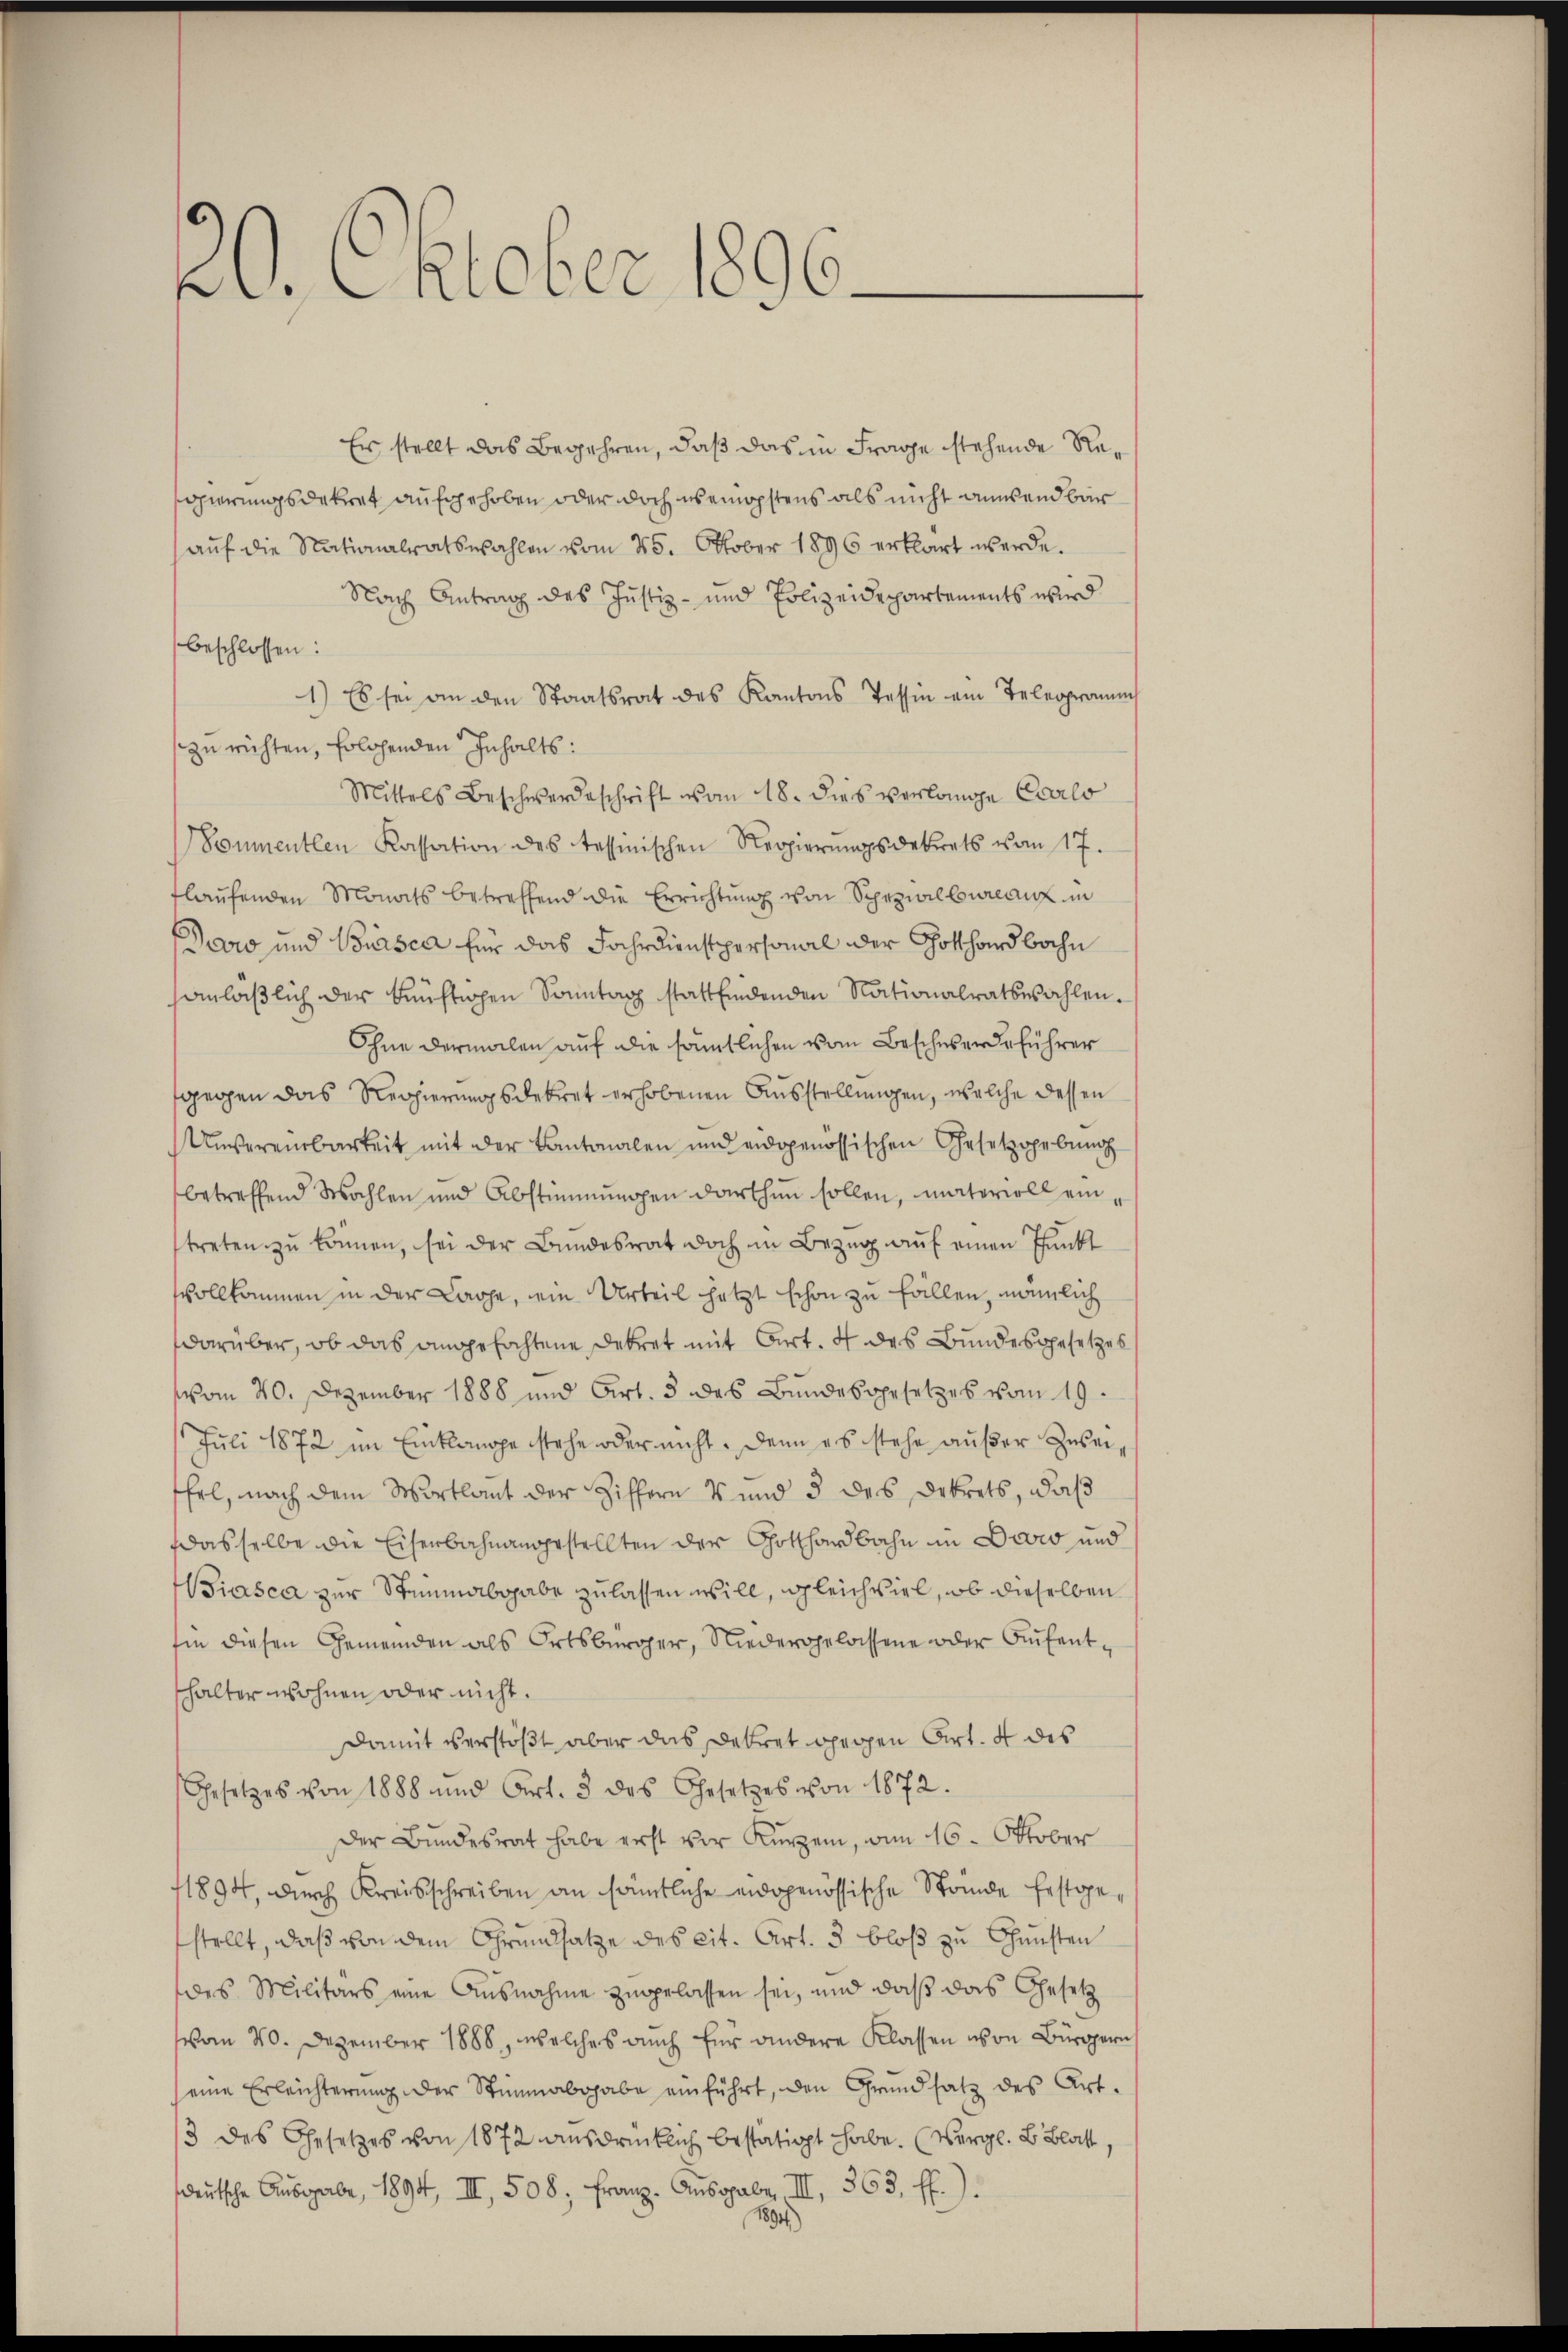
22. Oktober 1896.

Es stellt das Begehren, daß das in Frage stehende Regierungsdekret aufgehoben oder doch wenigstens als nicht anwendbar
auf die Nationalratswahlen vom 25. Oktober 1896 erklärt werde.
Nach Antrag des Justiz- und Polizeidepartements wird
beschlossen:
1) Es sei an den Staatsrat des Kantons Tessin ein Telegramm
zu richten, Erlehenden Inhalts:
Mittels Beschwerdeschrift vom 18. dies verlange Carlo
Sommentlen Kassation des tessinischen Regierŭngsdekrets vom 17.
flaufenden Monats betreffend die Errichtung von Spezialbureau in
Dero und Bursca für das Fahrdienstpersonal der Gotthardbahn
sanläβlich der künftigen Sonntag stattfindenden Nationalratswahlen.
Ohne dermalen auf die sämtlichen vom Beschwerdeführer
gegen das Regierungsdekret erhobenen Ausstellungen, welche dessen
Unvereinbarkeit mit der Kantonalen und eidgenössischen Gesetzgebung
betreffend Wahlen und Abstimmungen darthin sollen, materiell eintreten zŭ können, sei der Bundesrat doch in Bezŭg aŭf einen Punkt
svollkommen in der Lache, ein Urteil jetzt schon zu fällen, nämlich
darüber, ob das angefochtene Dekret mit Art. 4 des Bundesgesetzes
vom 20. Dezember 1888 und Art. 3 des Bŭndesgesetzes vom 19.
Juli 1872 im Einklange stehe oder nicht. Denn es stehe außer Zweiffel, nach dem Wortlaut der Ziffern V und 3 des Dekrets, daß
dasselbe die Eisenbahnangestellten der Gotthardbahn in Devio und
iasca zur Steinabgabe zulassen will, gleichviel, ob dieselben
hin diesen Gemeinden als Ortsbürger, Niedergelassene oder Aufentshalter wohnen oder nicht.
damit verstößt aber das Dekret gegen Art. 4 des
Gesetzes von 1888 und Art. 3 des Gesetzes von 1872.
Der Bundesrat habe erst vor Kurzen, am 16. Oktober
11894, durch Kreisschreiben an sämtliche eidgenössische Stande festge
stellt, daß von dem Grundsatze des cit. Art. 5 bloß zu Gunsten
des Militärs eine Ausnahme zugelassen sei, und daß das Gesetz
vom 20. Dezember 1888, welches auch für andere Klassen von Bürgern
eine Erleichterung der Stimmabgabe einführt, den Grundsatz des Art.
3 des Gesetzes von 1872 ausdrücklich bestätigt habe. (Vergl. B. Blatt,
deŭtsche Aŭsgabe, 1894, III 508, Franz. Ausgabe III., 363 f.).
1894)